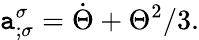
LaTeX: \mathtt{a}_{;\sigma}^{\sigma}=\dot{{\Theta}}+\Theta^{2}/3.